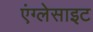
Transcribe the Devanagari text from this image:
एंग्लेसाइट